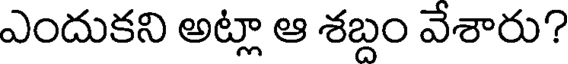
ఎందుకని అట్లా ఆ శబ్దం వేశారు?